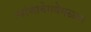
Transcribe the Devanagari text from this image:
त्यांचावेगवेगळ्या